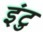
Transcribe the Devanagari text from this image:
इंटु